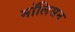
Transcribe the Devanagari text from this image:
मॉलिसन